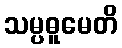
သမ္ပဓူမေတိ